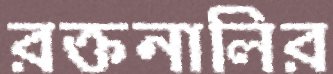
রক্তনালির